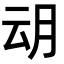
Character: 𭨨